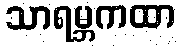
သာရမ္ဘကထာ